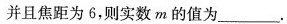
并且焦距为6，则实数m的值为___.